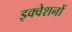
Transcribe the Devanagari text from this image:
इक्वेशनों